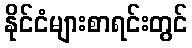
နိုင်ငံများစာရင်းတွင်